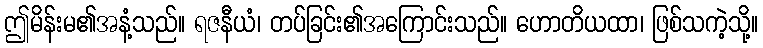
ဤမိန်းမ၏အနံ့သည်။ ရဇနီယံ၊ တပ်ခြင်း၏အကြောင်းသည်။ ဟောတိယထာ၊ ဖြစ်သကဲ့သို့။